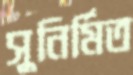
সুনির্মিত